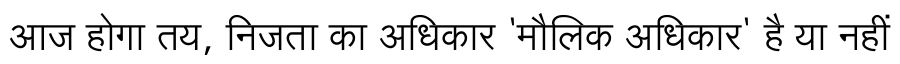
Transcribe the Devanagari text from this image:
आज होगा तय, निजता का अधिकार 'मौलिक अधिकार' है या नहीं